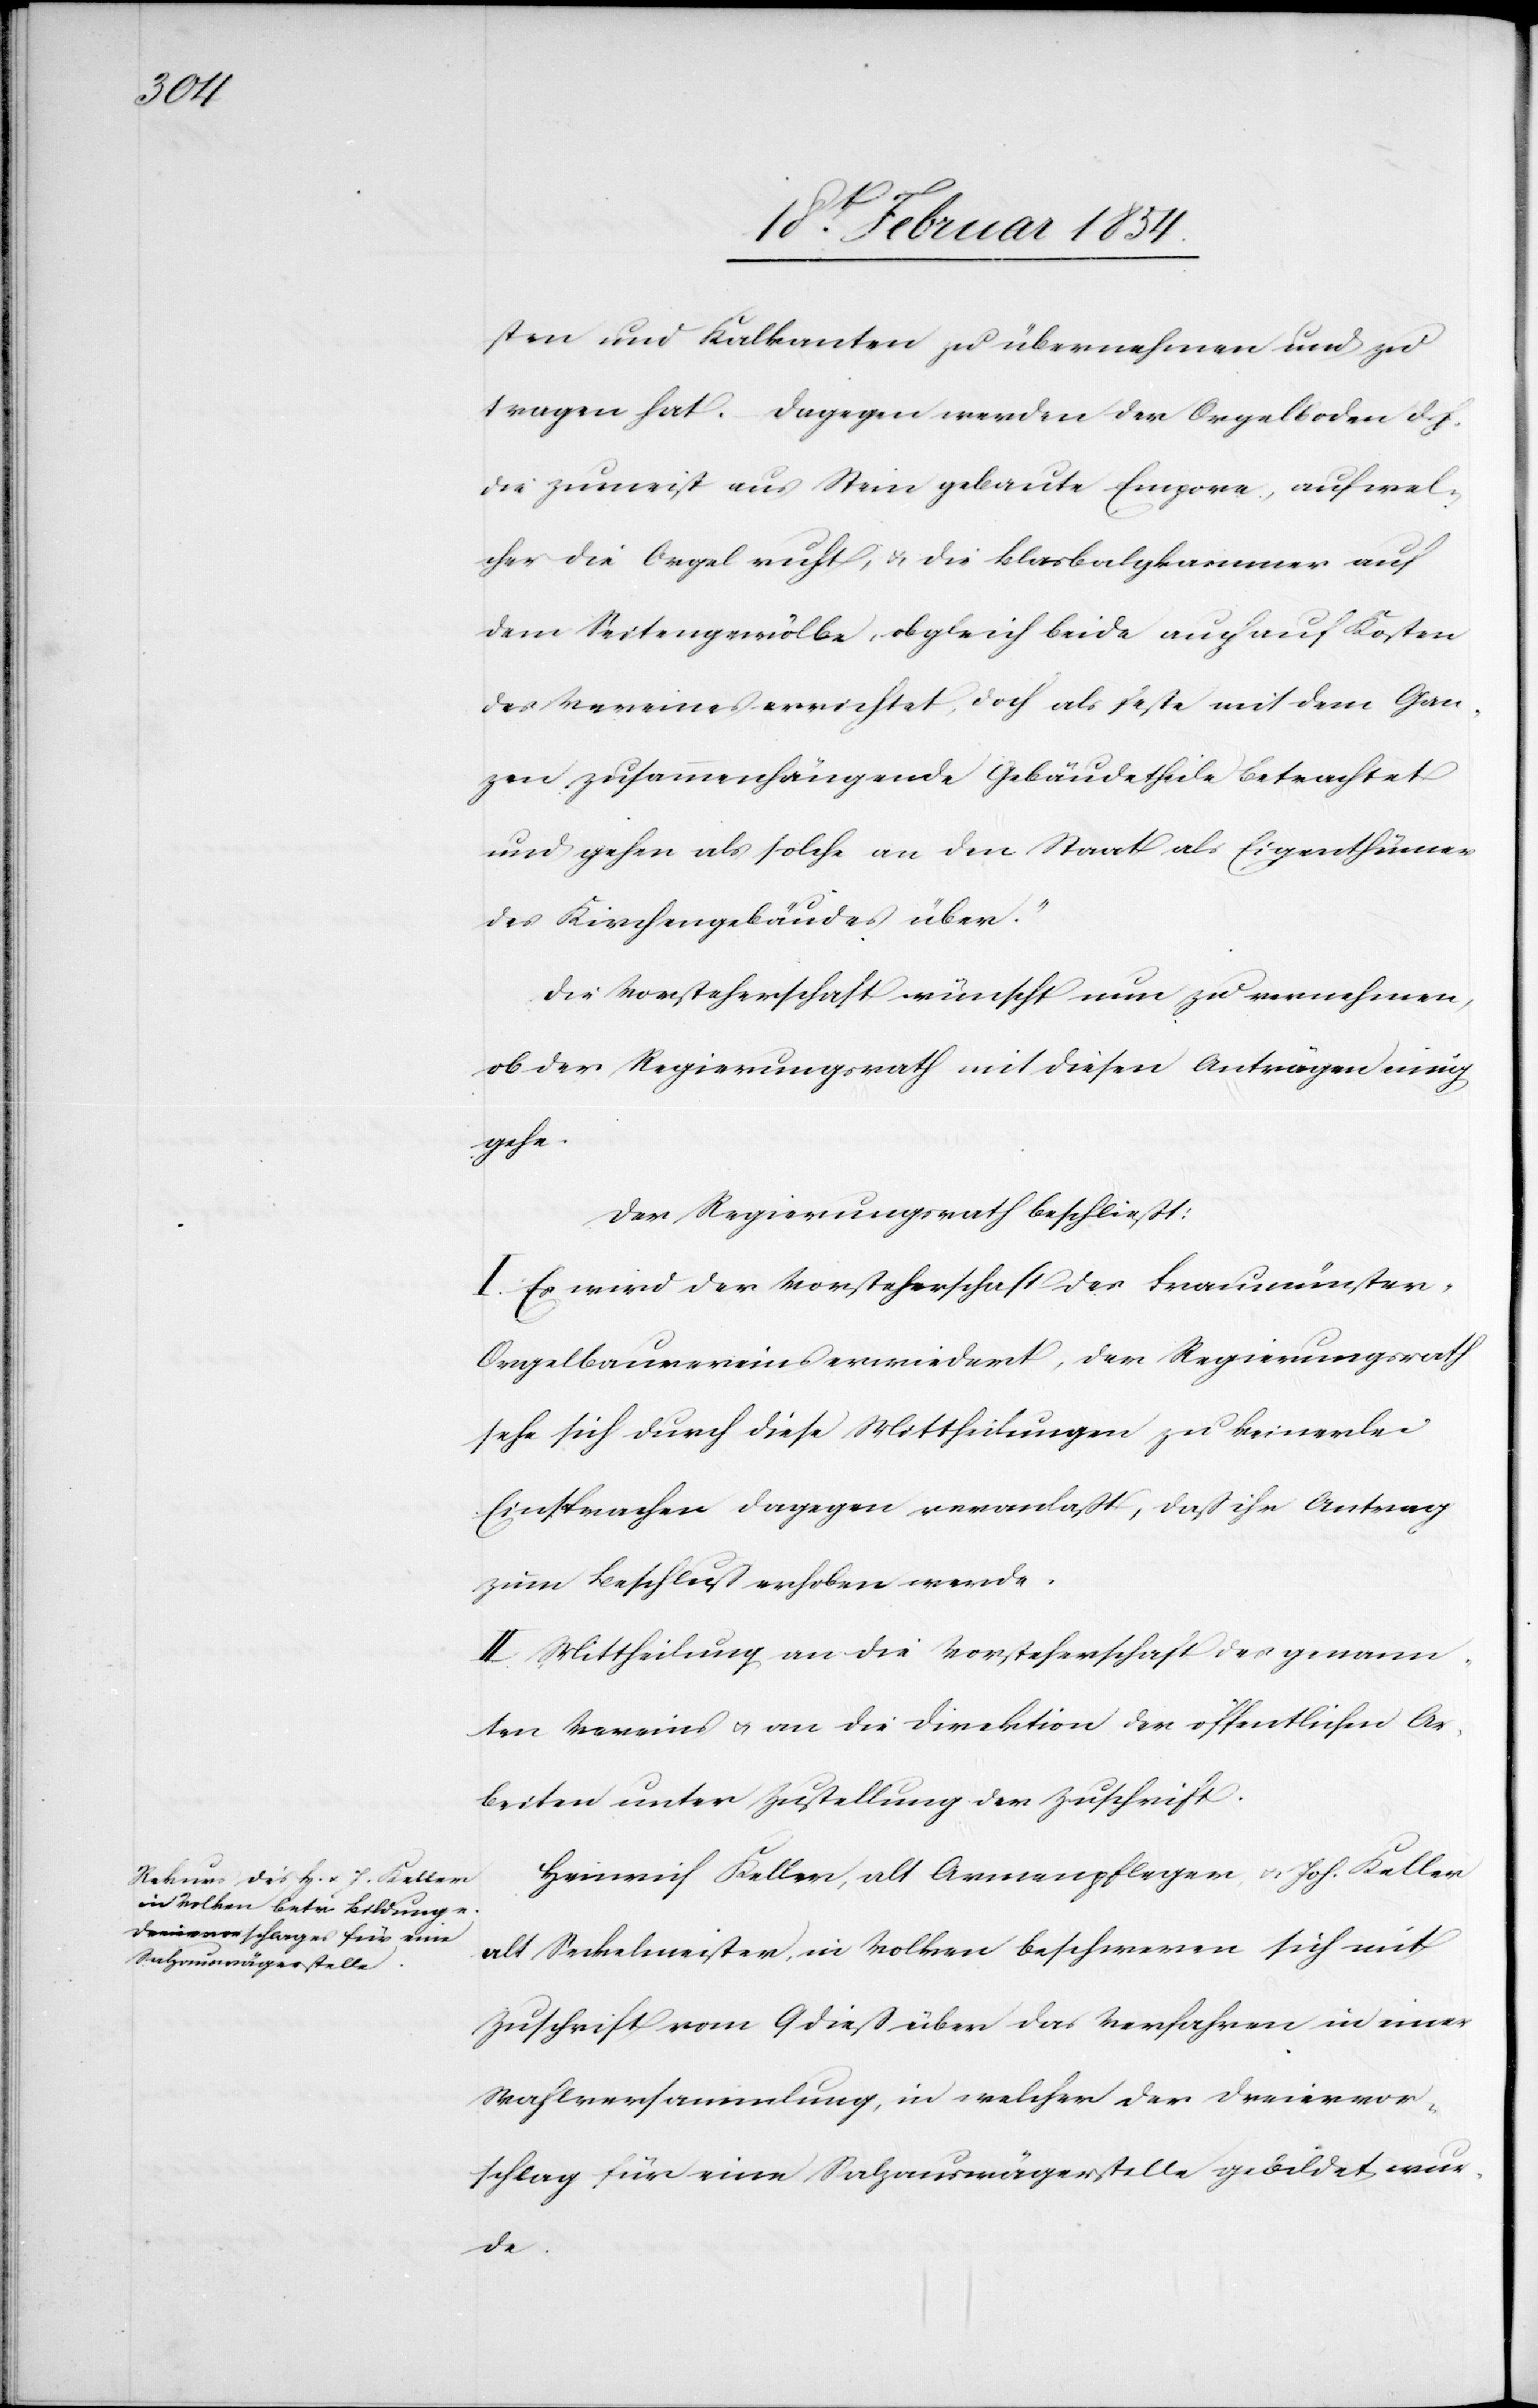
sten und Kalkanten zu übernehmen und zu
tragen hat. Dagegen werden der Orgelboden d. h.
die zumeist aus Stein gebaute Empore, auf wel¬
cher die Orgel ruht, u. die Blasbalgkammer auf
dem Seitengewölbe, obgleich beide auch auf Kosten
des Vereins errichtet, doch als feste mit dem Gan¬
zen zusammenhängende Gebäudetheile betrachtet
und gehen als solche an den Staat als Eigenthümer
des Kirchengebäudes über.“
Die Vorsteherschaft wünscht nun zu vernehmen,
ob der Regierungsrath mit diesen Anträgen einig
gehe.
Der Regierungsrath beschließt:
I. Es wird der Vorsteherschaft des Fraumünste¬
r-Orgelbauvereins erwiedert, der Regierungsrath
sehe sich durch diese Mittheilungen zu keinerlei
Einsprache dagegen veranlaßt, daß ihr Antrag
zum Beschluß erhoben werde.
II. Mittheilung an die Vorsteherschaft des genann¬
ten Vereins u. an die Direktion der öffentlichen Ar¬
beiten unter Zustellung der Zuschrift.
Heinrich Keller, alt Armenpfleger u. Joh. Keller
alt Seckelmeister, in Volker beschweren sich mit
Zuschrift vom 9 dieß über das Verfahren in einer
Wahlversammlung, in welcher der Dreiervor¬
schlag für eine Salzauswägerstelle gebildet wur¬
de.